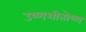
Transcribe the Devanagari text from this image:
उष्णशीतोष्ण